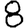
Digit: 8